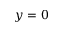
y = 0